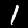
Label: 1